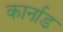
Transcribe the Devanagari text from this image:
कार्नाड